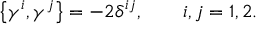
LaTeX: \left\{ \gamma ^ { i } , \gamma ^ { j } \right\} = - 2 \delta ^ { i j } , \qquad i , j = 1 , 2 .